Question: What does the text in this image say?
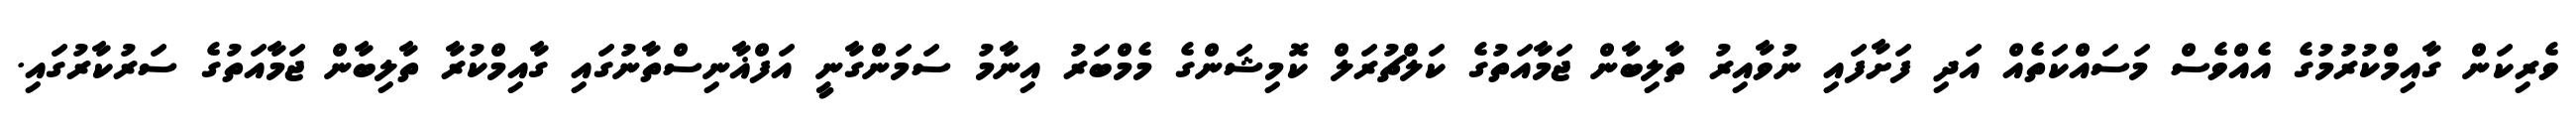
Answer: ވެރިކަން ގާއިމްކުރުމުގެ އެއްވެސް މަސައްކަތެއް އަދި ފަށާފައި ނުވާއިރު ތާލިބާން ޖަމާއަތުގެ ކަލްޗުރަލް ކޮމިޝަންގެ މެމްބަރު އިނާމު ސަމަންގާނީ އަފްޣާނިސްތާނުގައި ގާއިމްކުރާ ތާލިބާން ޖަމާއަތުގެ ސަރުކާރުގައި.